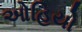
ઓહિયો